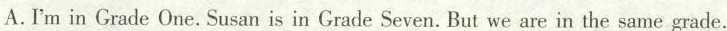
A.I'm in Grade One.Susan is in Grade Seven.But we are in the same grade.